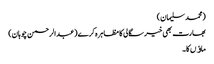
(محمد سلیمان)
بھارت بھی خیر سگالی کا مظاہر ہ کرے(عبدالرحمن چوہان)
ماﺅں کا۔